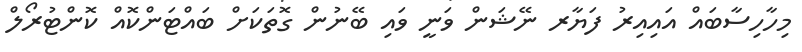
މިހާހިސާބައް އައިއިރު ފަޔާރ ނޭޝަން ވަނީ ވައި ބޭނުން ގޮތަކަށް ބައްޓަންކޮއް ކޮންޓުރޯލް